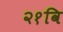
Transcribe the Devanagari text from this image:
२१वि